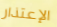
الإعتذار